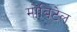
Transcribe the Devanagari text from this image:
मोबिटेल